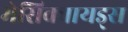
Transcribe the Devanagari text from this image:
मेसिक्वायड्स